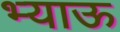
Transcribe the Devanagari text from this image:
भ्याऊ